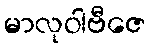
မာလုဝါဗီဇေ